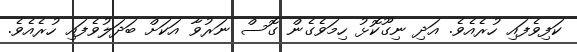
ކަފިވެފައި ހުރެއެވެ. އަދި ނިގޫކޮޅު ހިމަވެގެން ގޮސް ނަރުވާ އަކަށް ބަދަލުވެފައި ހުރެއެވެ.